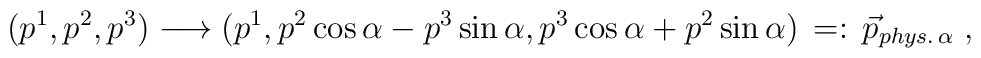
(p^1,p^2,p^3) \longrightarrow (p^1, p^2 \cos \alpha - p^3 \sin \alpha,p^3 \cos \alpha +  p^2 \sin \alpha )\, =: \, \vec p_{phys.\,\alpha }\; ,